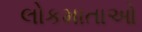
લોકમાતાઓ